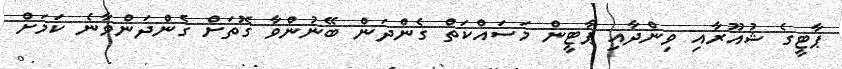
ޕާޓީގެ ޝުއޫރާއި ވިންދާއި ޕާޓީން މަސައްކަތް ގެންދަން ބޭނުންވާ ގޮތަށް ގެންދަންވާނެ ކަމަށް